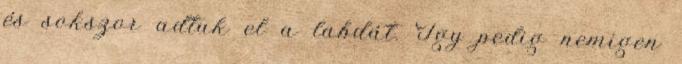
és sokszor adtuk el a labdát. Így pedig nemigen